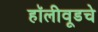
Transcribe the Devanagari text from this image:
हॉलीवूडचे